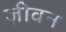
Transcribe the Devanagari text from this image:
ज़ीवन